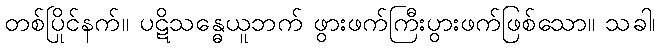
တစ်ပြိုင်နက်။ ပဋိသန္ဓေယူဘက် ဖွားဖက်ကြီးပွားဖက်ဖြစ်သော။ သခါ၊